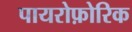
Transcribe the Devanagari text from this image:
पायरोफ़ोरिक